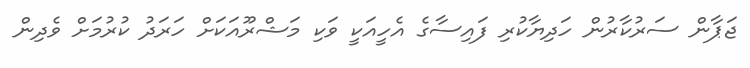
ޖަޕާން ސަރުކާރުން ހަދިޔާކުރި ފައިސާގެ އެހީއަކީ ވަކި މަޝްރޫއަކަށް ހަރަދު ކުރުމަށް ވެދިން